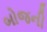
બોજની